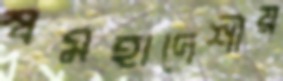
স্বমহাদেশীয়